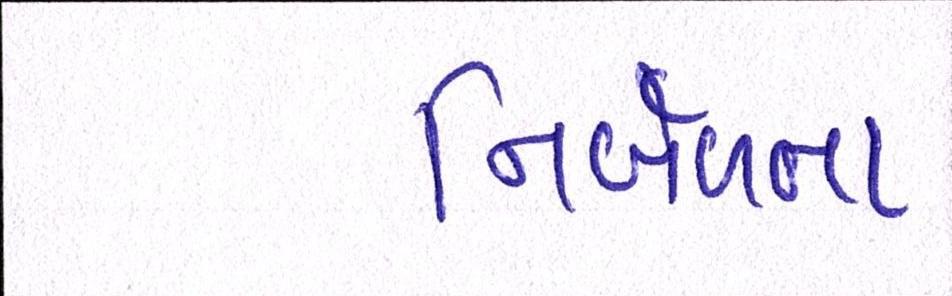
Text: નિર્બળતા